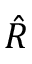
\hat { R }